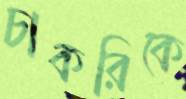
চাকরিকে